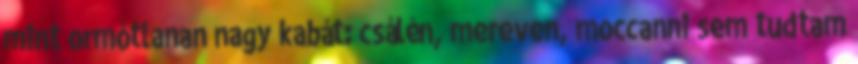
mint ormótlanan nagy kabát: csálén, mereven, moccanni sem tudtam